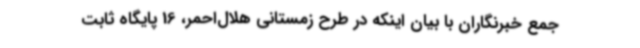
جمع خبرنگاران با بیان اینکه در طرح زمستانی هلال‌احمر، 16 پایگاه ثابت